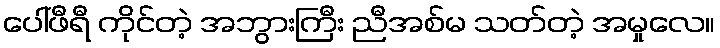
ပေါ်ဖီရီ ကိုင်တဲ့ အဘွားကြီး ညီအစ်မ သတ်တဲ့ အမှုလေ။